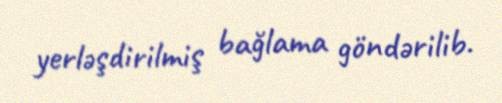
yerləşdirilmiş bağlama göndərilib.